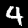
Digit: 4